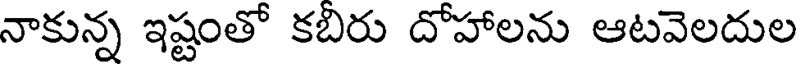
నాకున్న ఇష్టంతో కబిరు దోహాలను ఆటవెలదుల